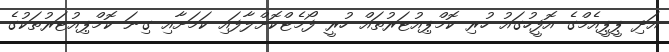
އަދި ޕީޕީއެމްގެ އޮފީހުގައު ހުރި ކޮމްޕިއުޓަރުތައް ހުރީ ފޯމެޓްކޮށްލާފައި ކަމަށާއި ގިނަ ކޮމްޕިއުޓަރުތަކުގެ